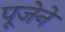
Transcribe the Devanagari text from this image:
पूजेने